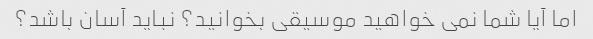
اما آیا شما نمی خواهید موسیقی بخوانید؟ نباید آسان باشد؟